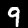
Digit: 9